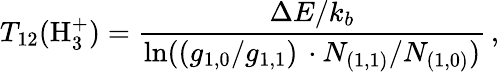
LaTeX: T_{12}(\mathrm{H}_{3}^{+})=\frac{\Delta E/k_{b}}{\ln((g_{1,0}/g_{1,1})\, \cdot N_{(1,1)}/N_{(1,0)})}\, ,